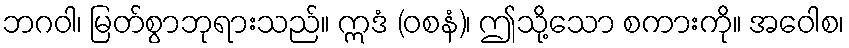
ဘဂဝါ၊ မြတ်စွာဘုရားသည်။ ဣဒံ (ဝစနံ)၊ ဤသို့သော စကားကို။ အဝေါစ၊